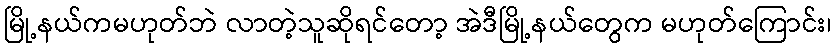
မြို့နယ်ကမဟုတ်ဘဲ လာတဲ့သူဆိုရင်တော့ အဲဒီမြို့နယ်တွေက မဟုတ်ကြောင်း၊